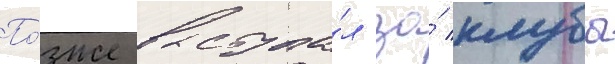
По́зже выступа́л за́ клубы